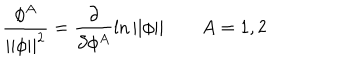
\frac { \phi ^ { A } } { | | \phi | | ^ { 2 } } = \frac \partial { \partial \phi ^ { A } } \ln | | \phi | | \quad \quad A = 1 , 2